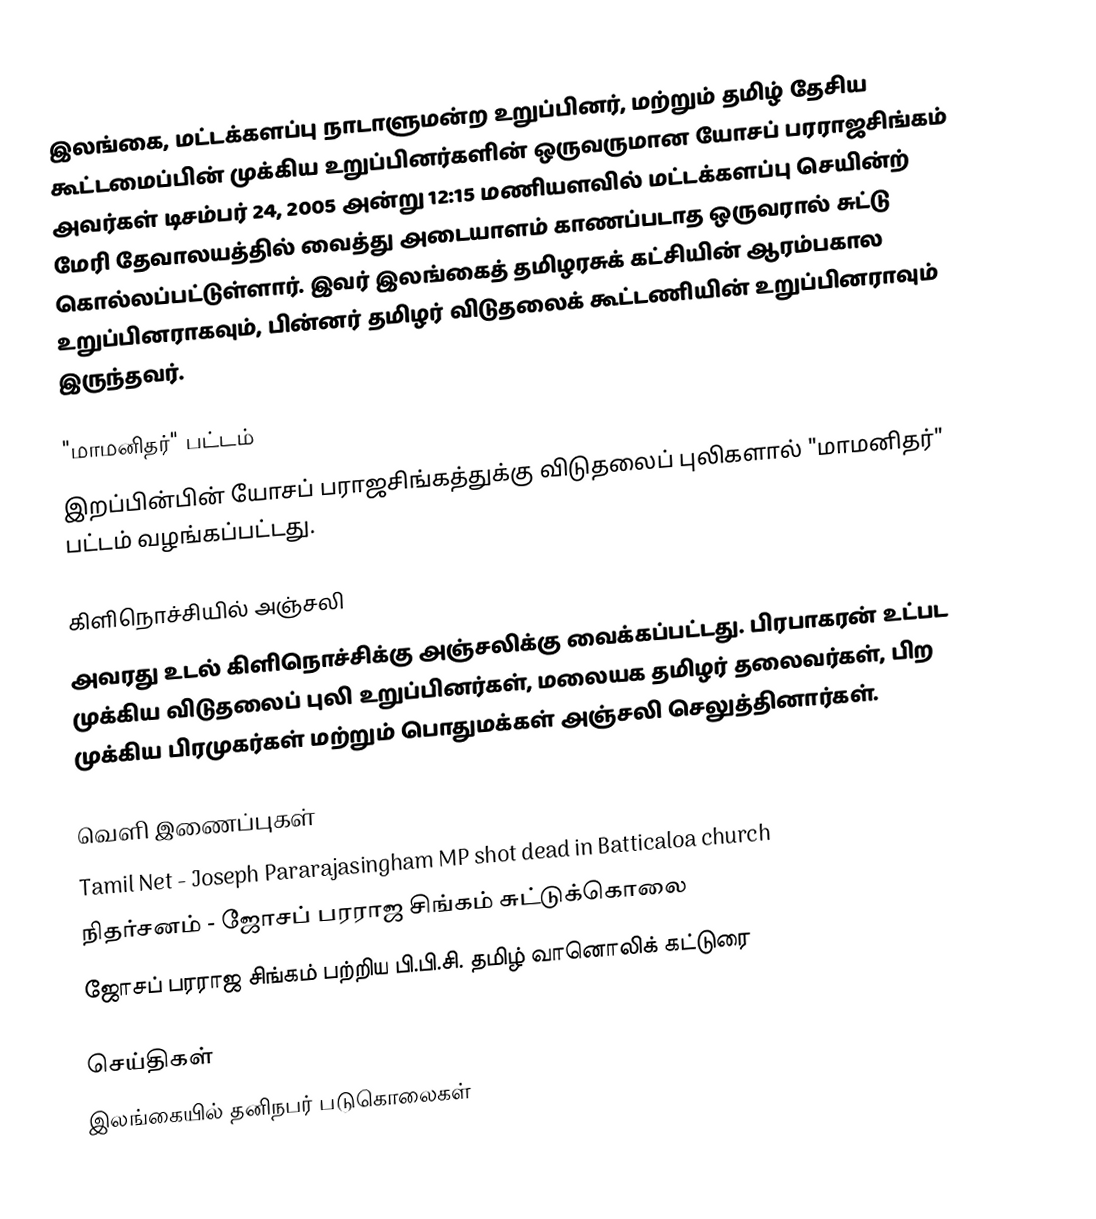
இலங்கை, மட்டக்களப்பு நாடாளுமன்ற உறுப்பினர், மற்றும் தமிழ் தேசிய கூட்டமைப்பின் முக்கிய உறுப்பினர்களின் ஒருவருமான யோசப் பரராஜசிங்கம் அவர்கள் டிசம்பர் 24, 2005 அன்று 12:15 மணியளவில் மட்டக்களப்பு செயின்ற் மேரி தேவாலயத்தில் வைத்து அடையாளம் காணப்படாத ஒருவரால் சுட்டு கொல்லப்பட்டுள்ளார்.  இவர் இலங்கைத் தமிழரசுக் கட்சியின் ஆரம்பகால உறுப்பினராகவும், பின்னர் தமிழர் விடுதலைக் கூட்டணியின் உறுப்பினராவும் இருந்தவர்.

"மாமனிதர்" பட்டம்
இறப்பின்பின் யோசப் பராஜசிங்கத்துக்கு விடுதலைப் புலிகளால் "மாமனிதர்" பட்டம் வழங்கப்பட்டது.

கிளிநொச்சியில் அஞ்சலி
அவரது உடல் கிளிநொச்சிக்கு அஞ்சலிக்கு வைக்கப்பட்டது.  பிரபாகரன் உட்பட முக்கிய விடுதலைப் புலி உறுப்பினர்கள், மலையக தமிழர் தலைவர்கள், பிற முக்கிய பிரமுகர்கள் மற்றும் பொதுமக்கள் அஞ்சலி செலுத்தினார்கள்.

வெளி இணைப்புகள்
 Tamil Net - Joseph Pararajasingham MP shot dead in Batticaloa church
 நிதர்சனம் - ஜோசப் பரராஜ சிங்கம் சுட்டுக்கொலை
 ஜோசப் பரராஜ சிங்கம் பற்றிய பி.பி.சி. தமிழ் வானொலிக் கட்டுரை

செய்திகள்
இலங்கையில் தனிநபர் படுகொலைகள்